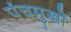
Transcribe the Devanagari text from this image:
पंचमुखों